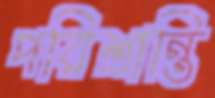
পরিশ্রান্তি